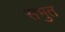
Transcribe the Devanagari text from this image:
सभुत